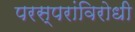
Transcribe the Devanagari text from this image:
परस्परांविरोधी